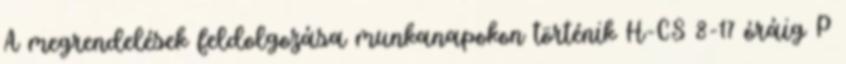
A megrendelések feldolgozása munkanapokon történik H-CS 8-17 óráig P